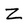
Character: Z